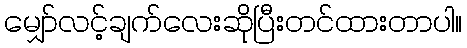
မျှော်လင့်ချက်လေးဆိုပြီးတင်ထားတာပါ။